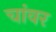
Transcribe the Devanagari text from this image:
चांवर